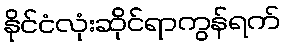
နိုင်ငံလုံးဆိုင်ရာကွန်ရက်